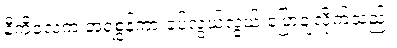
နီကိုလေက အရဲစွန့်ကာ ခပ်လွယ်လွယ် ပြောချလိုက်သည်။